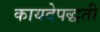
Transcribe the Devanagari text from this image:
कायदेपद्धती